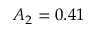
A _ { 2 } = 0 . 4 1